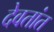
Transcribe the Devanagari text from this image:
देवतांत